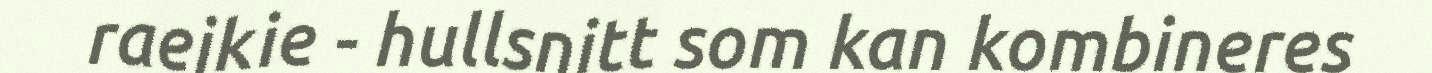
raejkie - hullsnitt som kan kombineres